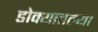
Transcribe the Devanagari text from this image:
डोक्यातल्या